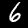
Label: 6